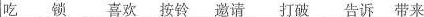
吃 锁 喜欢 按铃 邀请 打破 告诉 带来